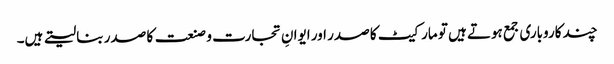
چند کاروباری جمع ہوتے ہیں تو مارکیٹ کا صدر اور ایوانِ تجارت و صنعت کا صدر بنا لیتے ہیں۔